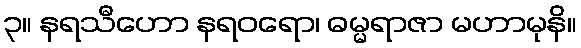
၃။ နရသီဟော နရဝရော၊ ဓမ္မရာဇာ မဟာမုနိ။